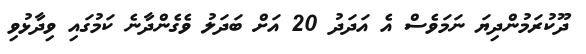
ދޫކުރަމުންދިޔަ ނަމަވެސް އެ އަދަދު 20 އަށް ބަދަލު ވެގެންދާނެ ކަމުގައި ވިދާޅުވި